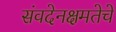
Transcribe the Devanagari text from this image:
संवदेनक्षमतेचे